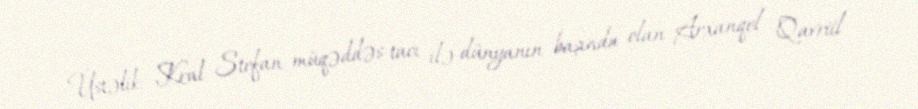
Üstəlik, Kral Stefan müqəddəs tacı ilə dünyanın başında olan Arxanqel Qavriil